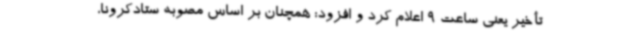
تأخیر یعنی ساعت 9 اعلام کرد و افزود: همچنان بر اساس مصوبه ستادکرونا،